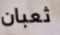
ثعبان